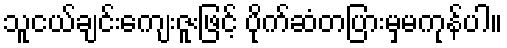
သူငယ်ချင်းကျေးဇူးဖြင့် ပိုက်ဆံတပြားမှမကုန်ပါ။